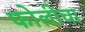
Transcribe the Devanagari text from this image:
फोलीचा